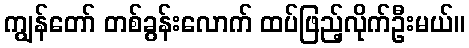
ကျွန်တော် တစ်ခွန်းလောက် ထပ်ဖြည့်လိုက်ဦးမယ်။